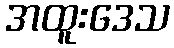
အထူးဒေသ